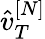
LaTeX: \hat{v}_{T}^{[N]}